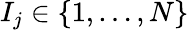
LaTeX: I_{j}\in\{ 1,\ldots,N\}